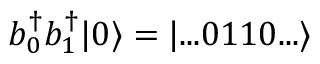
{ b } _ { 0 } ^ { \dagger } { b } _ { 1 } ^ { \dagger } | 0 \rangle = | . . . 0 1 1 0 . . . \rangle